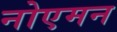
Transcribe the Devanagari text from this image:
नोएमन